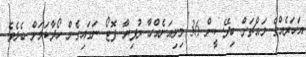
އަހަރެއްގެ މައްޗަށް ބިދޭސީން 36 މިލިއަނެއްހާ ރުފިޔާ ފޮޓޯ ނަގައިގެން ހޯދާކަަމަށް ބެލެވެ